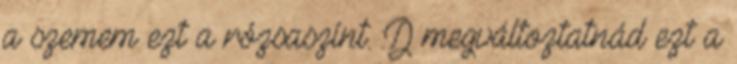
a szemem ezt a rózsaszínt. :D megváltoztatnád ezt a